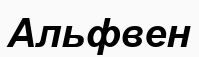
Альфвен